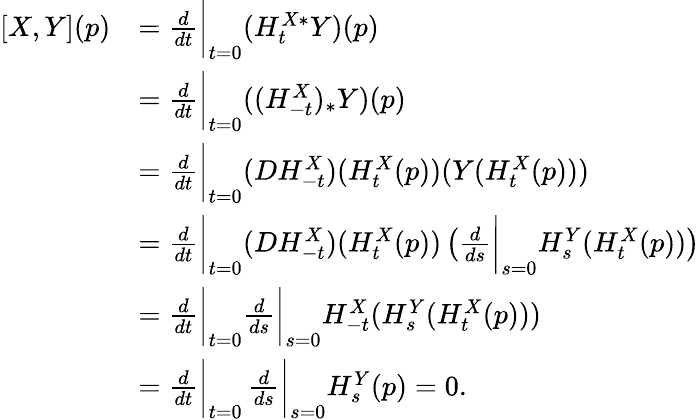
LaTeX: \begin{array}{rl}{[X,Y](p)}&{=\frac{d}{dt}\bigg\vert_{t=0}(H_{t}^{X*}Y)(p)}\\ &{=\frac{d}{dt}\bigg\vert_{t=0}((H_{-t}^{X})_{*}Y)(p)}\\ &{=\frac{d}{dt}\bigg\vert_{t=0}(DH_{-t}^{X})(H_{t}^{X}(p))(Y(H_{t}^{X}(p)))}\\ &{=\frac{d}{dt}\bigg\vert_{t=0}(DH_{-t}^{X})(H_{t}^{X}(p))\left(\frac{d}{ds}\bigg\vert_{s=0}H_{s}^{Y}(H_{t}^{X}(p))\right)}\\ &{=\frac{d}{dt}\bigg\vert_{t=0}\frac{d}{ds}\bigg\vert_{s=0}H_{-t}^{X}(H_{s}^{Y}(H_{t}^{X}(p)))}\\ &{=\frac{d}{dt}\bigg\vert_{t=0}\, \frac{d}{ds}\bigg\vert_{s=0}H_{s}^{Y}(p)=0.}\end{array}